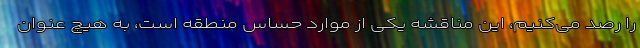
را رصد می‌کنیم، این مناقشه یکی از موارد حساس منطقه است، به هیچ عنوان